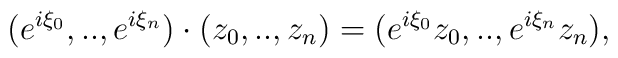
(e^{i\xi_{0}},..,e^{i\xi_{n}}) \cdot (z_{0},..,z_{n}) = (e^{i\xi_{0}} z_{0},..,e^{i\xi_{n}} z_{n}),